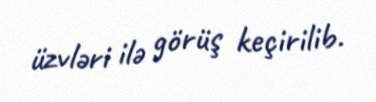
üzvləri ilə görüş keçirilib.